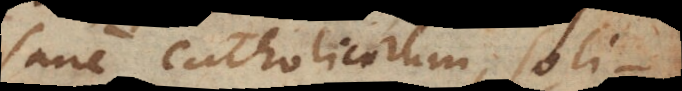
sane catholicorum, soli